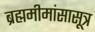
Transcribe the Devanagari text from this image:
ब्रह्ममीमांसासूत्र